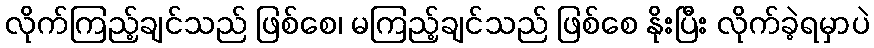
လိုက်ကြည့်ချင်သည် ဖြစ်စေ၊ မကြည့်ချင်သည် ဖြစ်စေ နိုးပြီး လိုက်ခဲ့ရမှာပဲ